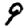
Digit: 9